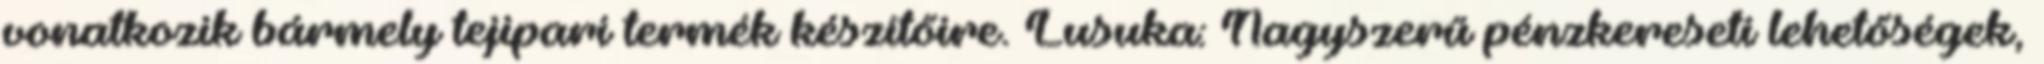
vonatkozik bármely tejipari termék készítőire. Lusuka: Nagyszerű pénzkereseti lehetőségek,